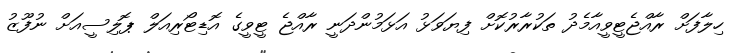
ހިލާފަށް ރާއްޖެޓީވީއާމެދު ތަކުރާރުކޮށް ފިޔަވަޅު އަޅަމުންދަނީ ރާއްޖެ ޓީވީގެ އޮޑިޓޯރިއަލް ޕޮލިސީއަށް ނުފޫޒު